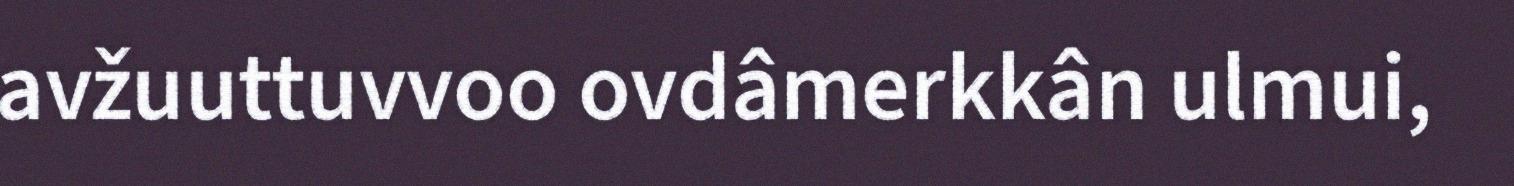
avžuuttuvvoo ovdâmerkkân ulmui,